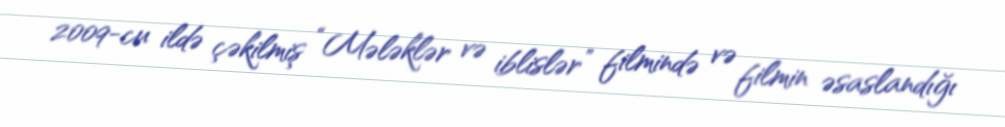
2009-cu ildə çəkilmiş “Mələklər və iblislər” filmində və filmin əsaslandığı